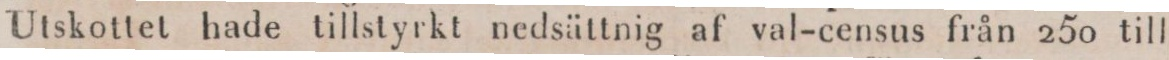
Utskottet hade tillstyrkt nedsättnig af val-census från 250 till